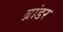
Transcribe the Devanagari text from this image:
ब्रांडर